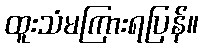
ထူးသံမကြားရပြန်။